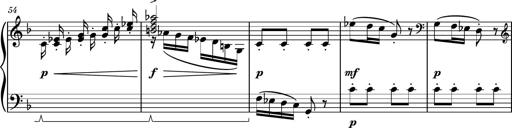
Title: Piano Sonatina II
Composer: Dimitri Sykias
Key: F major